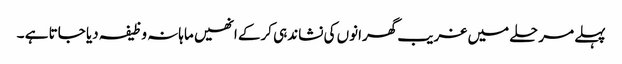
پہلے مرحلے میں غریب گھرانوں کی نشاندہی کرکے انھیں ماہانہ وظیفہ دیا جاتا ہے ۔